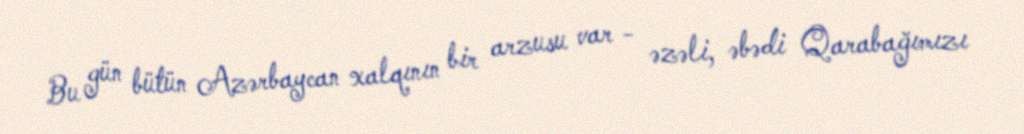
Bu gün bütün Azərbaycan xalqının bir arzusu var - əzəli, əbədi Qarabağımızı